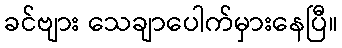
ခင်ဗျား သေချာပေါက်မှားနေပြီ။